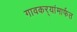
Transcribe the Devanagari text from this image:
गावकर्‍यांमार्फत